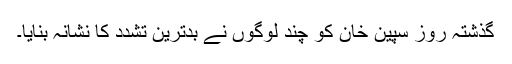
گذشتہ روز سپین خان کو چند لوگوں نے بدترین تشدد کا نشانہ بنایا۔